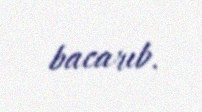
bacarıb.